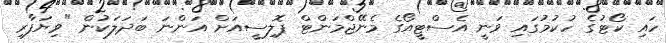
ހައި ކޯޓުގެ ހުކުމުގައި ވަނީ އެސްޓީއޯގެ މެނޭޖްމަންޓް ޕޮލިސީއަށް އަންނަ ބަދަލަކުން "ވިޔަފާރި